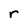
Character: r